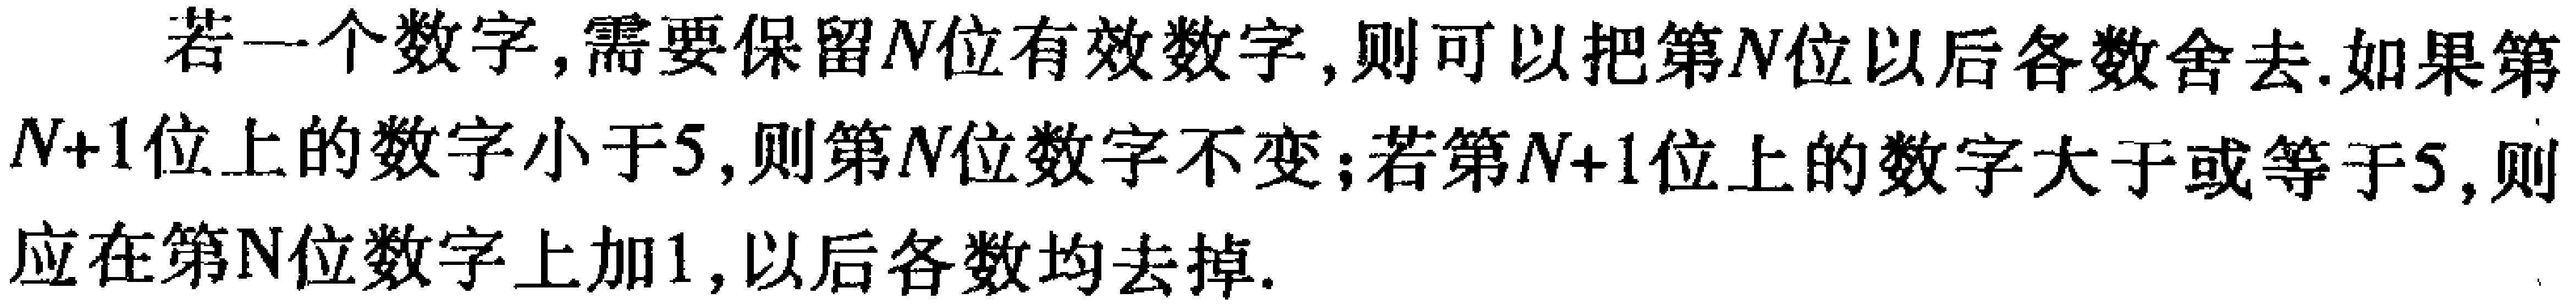
若一个数字,需要保留\(N\)位有效数字,则可以把第\(N\)位以后各数舍去.如果第\(N + 1\)位上的数字小于\(5\),则第\(N\)位数字不变;若第\(N + 1\)位上的数字大于或等于\(5\),则应在第\(N\)位数字上加\(1\),以后各数均去掉.